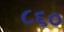
૮૬૦